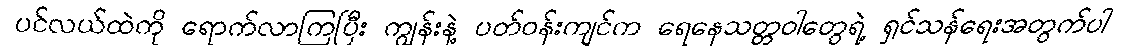
ပင်လယ်ထဲကို ရောက်လာကြပြီး ကျွန်းနဲ့ ပတ်ဝန်းကျင်က ရေနေသတ္တဝါတွေရဲ့ ရှင်သန်ရေးအတွက်ပါ